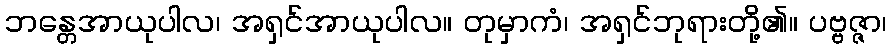
ဘန္တေအာယုပါလ၊ အရှင်အာယုပါလ။ တုမှာကံ၊ အရှင်ဘုရားတို့၏။ ပဗ္ဗဇ္ဇာ၊